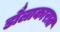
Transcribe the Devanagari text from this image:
डौलाकारात